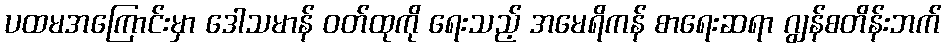
ပထမအကြောင်းမှာ ဒေါသမာန် ဝတ်ထုကို ရေးသည့် အမေရိကန် စာရေးဆရာ ဂျွန်စတိန်းဘက်